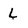
Character: L